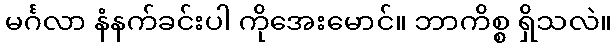
မင်္ဂလာ နံနက်ခင်းပါ ကိုအေးမောင်။ ဘာကိစ္စ ရှိသလဲ။